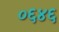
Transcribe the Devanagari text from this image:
०६४६